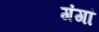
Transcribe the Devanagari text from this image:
गंगां